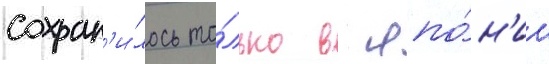
сохран'и́лось то́лько в япо́н'ии